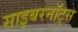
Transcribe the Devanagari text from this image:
साइबरनॉट्स